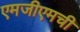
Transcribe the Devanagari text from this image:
एमजीएमची